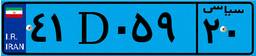
۸۸D۵۶۱۰۸